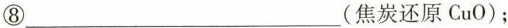
⑧___(焦炭还原CuO)；